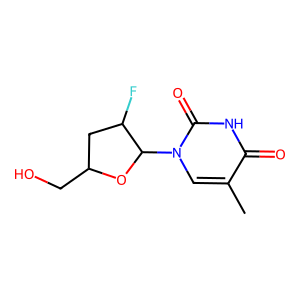
SMILES: Cc1cn(C2OC(CO)CC2F)c(=O)[nH]c1=O
Inhibits HIV replication: No